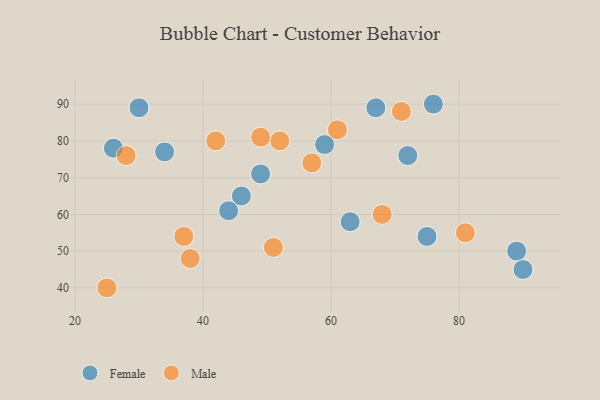
{"axis": {"x": "GDP", "y": "Life Expectancy"}, "legend": ["Female", "Male"], "data": [{"x": "89", "y": 50, "type": "Female"}, {"x": "67", "y": 89, "type": "Female"}, {"x": "34", "y": 77, "type": "Female"}, {"x": "26", "y": 78, "type": "Female"}, {"x": "46", "y": 65, "type": "Female"}, {"x": "90", "y": 45, "type": "Female"}, {"x": "75", "y": 54, "type": "Female"}, {"x": "63", "y": 58, "type": "Female"}, {"x": "30", "y": 89, "type": "Female"}, {"x": "72", "y": 76, "type": "Female"}, {"x": "59", "y": 79, "type": "Female"}, {"x": "44", "y": 61, "type": "Female"}, {"x": "76", "y": 90, "type": "Female"}, {"x": "49", "y": 71, "type": "Female"}, {"x": "42", "y": 80, "type": "Male"}, {"x": "38", "y": 48, "type": "Male"}, {"x": "51", "y": 51, "type": "Male"}, {"x": "37", "y": 54, "type": "Male"}, {"x": "52", "y": 80, "type": "Male"}, {"x": "81", "y": 55, "type": "Male"}, {"x": "71", "y": 88, "type": "Male"}, {"x": "25", "y": 40, "type": "Male"}, {"x": "61", "y": 83, "type": "Male"}, {"x": "28", "y": 76, "type": "Male"}, {"x": "57", "y": 74, "type": "Male"}, {"x": "68", "y": 60, "type": "Male"}, {"x": "49", "y": 81, "type": "Male"}]}